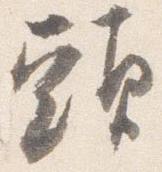
頭